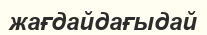
жағдайдағыдай